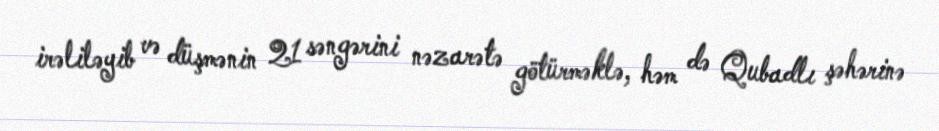
irəliləyib və düşmənin 21 səngərini nəzarətə götürməklə, həm də Qubadlı şəhərinə